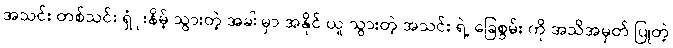
အသင်း တစ်သင်း ရှံုးနိမ့် သွားတဲ့ အခါ မှာ အနိုင် ယူ သွားတဲ့ အသင်း ရဲ့ ခြေစွမ်း ကို အသိအမှတ် ပြုတဲ့